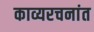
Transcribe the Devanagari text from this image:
काव्यरचनांत